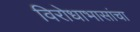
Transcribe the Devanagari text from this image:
विरोधाभासांचा